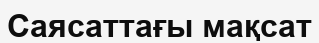
Саясаттағы мақсат